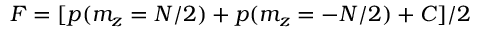
F = [ p ( m _ { z } = N / 2 ) + p ( m _ { z } = - N / 2 ) + C ] / 2